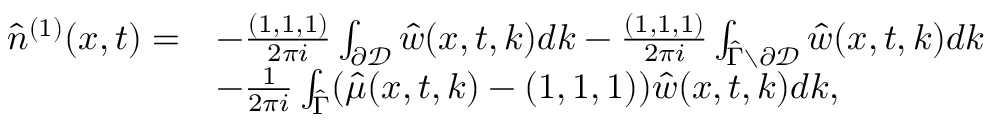
\begin{array} { r l } { \hat { n } ^ { ( 1 ) } ( x , t ) = } & { - \frac { ( 1 , 1 , 1 ) } { 2 \pi i } \int _ { \partial \mathcal { D } } \hat { w } ( x , t , k ) d k - \frac { ( 1 , 1 , 1 ) } { 2 \pi i } \int _ { \hat { \Gamma } \setminus \partial \mathcal { D } } \hat { w } ( x , t , k ) d k } \\ & { - \frac { 1 } { 2 \pi i } \int _ { \hat { \Gamma } } ( \hat { \mu } ( x , t , k ) - ( 1 , 1 , 1 ) ) \hat { w } ( x , t , k ) d k , } \end{array}